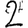
Digit: 2